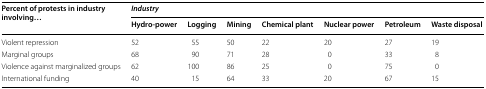
<table><thead><tr><td rowspan="2"><b>Percent of protests in industry involving...</b></td><td colspan="7"><b><i>Industry</i></b></td></tr><tr><td><b>Hydro-power</b></td><td><b>Logging</b></td><td><b>Mining</b></td><td><b>Chemical plant</b></td><td><b>Nuclear power</b></td><td><b>Petroleum</b></td><td><b>Waste disposal</b></td></tr></thead><tbody><tr><td>Violent repression</td><td>52</td><td>55</td><td>50</td><td>22</td><td>20</td><td>27</td><td>19</td></tr><tr><td>Marginal groups</td><td>68</td><td>90</td><td>71</td><td>28</td><td>0</td><td>33</td><td>8</td></tr><tr><td>Violence against marginalized groups</td><td>62</td><td>100</td><td>86</td><td>25</td><td>0</td><td>75</td><td>0</td></tr><tr><td>International funding</td><td>40</td><td>15</td><td>64</td><td>33</td><td>20</td><td>67</td><td>15</td></tr></tbody></table>